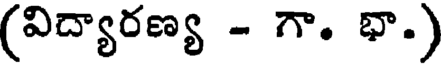
(విద్యారణ్య - గా. భా.)